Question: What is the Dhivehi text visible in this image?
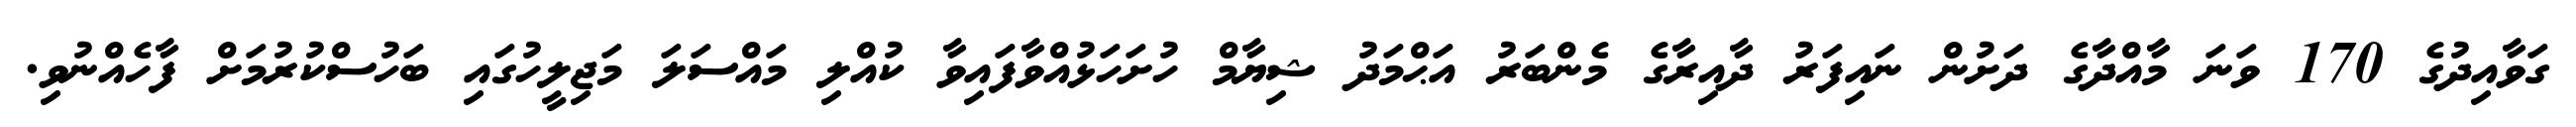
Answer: ގަވާއިދުގެ 170 ވަނަ މާއްދާގެ ދަށުން ނައިފަރު ދާއިރާގެ މެންބަރު އަޙްމަދު ޝިޔާމް ހުށަހަޅުއްވާފައިވާ ކުއްލި މައްސަލަ މަޖިލީހުގައި ބަހުސްކުރުމަށް ފާހެއްނުވި.